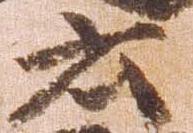
云